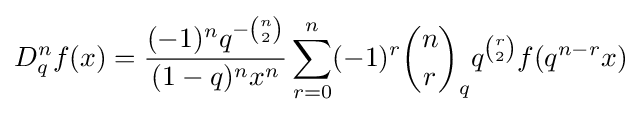
D_{q}^{n}f(x)={\frac {(-1)^{n}q^{-{\binom {n}{2}}}}{(1-q)^{n}x^{n}}}\sum _{r=0}^{n}(-1)^{r}{\binom {n}{r}}_{q}q^{\binom {r}{2}}f(q^{n-r}x)